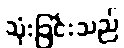
သုံးခြင်းသည်